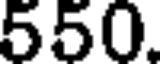
550.